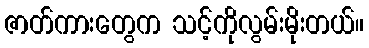
ဇာတ်ကားတွေက သင့်ကိုလွမ်းမိုးတယ်။